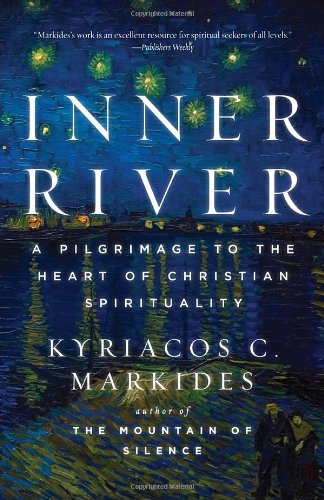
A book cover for Inner River: A Pilgrimage to the Heart of Christian Spirituality; Kyriacos C. Markides; Christian Books & Bibles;